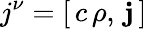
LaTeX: j^{\nu}=\left[\, c\, \rho,\, \mathbf{j}\, \right]